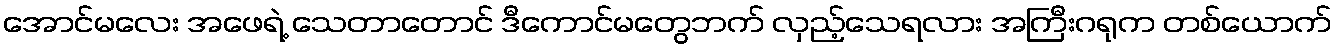
အောင်မလေး အဖေရဲ့ သေတာတောင် ဒီကောင်မတွေဘက် လှည့်သေရလား အကြီးဂရုက တစ်ယောက်